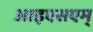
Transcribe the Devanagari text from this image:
आइएसएम्